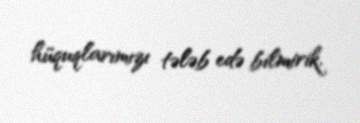
hüquqlarımızı tələb edə bilmirik.